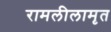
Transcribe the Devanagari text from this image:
रामलीलामृत